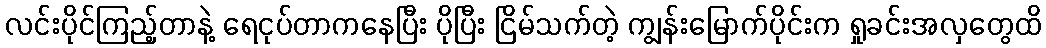
လင်းပိုင်ကြည့်တာနဲ့ ရေငုပ်တာကနေပြီး ပိုပြီး ငြိမ်သက်တဲ့ ကျွန်းမြောက်ပိုင်းက ရှုခင်းအလှတွေထိ